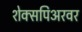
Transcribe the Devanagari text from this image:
शेक्सपिअरवर